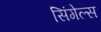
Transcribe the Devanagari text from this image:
सिंगेल्स